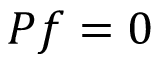
P f = 0